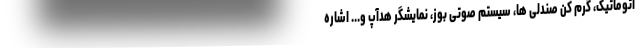
اتوماتیک، گرم کن صندلی ها، سیستم صوتی بوز، نمایشگر هدآپ و... اشاره